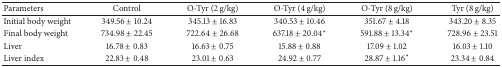
<table><thead><tr><td><b>Parameters</b></td><td><b>Control</b></td><td><b>O-Tyr (2 g/kg)</b></td><td><b>O-Tyr (4 g/kg)</b></td><td><b>O-Tyr (8 g/kg)</b></td><td><b>Tyr (8 g/kg)</b></td></tr></thead><tbody><tr><td>Initial body weight</td><td>349.56 ± 10.24</td><td>345.13 ± 16.83</td><td>340.53 ± 10.46</td><td>351.67 ± 4.18</td><td>343.20 ± 8.35</td></tr><tr><td>Final body weight</td><td>734.98 ± 22.45</td><td>722.64 ± 26.68 </td><td>637.18 ± 20.04<sup><i>∗</i></sup></td><td>591.88 ± 13.34<sup><i>∗</i></sup></td><td>728.96 ± 23.51</td></tr><tr><td>Liver</td><td>16.78 ± 0.83</td><td>16.63 ± 0.75</td><td>15.88 ± 0.88</td><td>17.09 ± 1.02</td><td>16.03 ± 1.10</td></tr><tr><td>Liver index</td><td>22.83 ± 0.48</td><td>23.01 ± 0.63</td><td>24.92 ± 0.77</td><td>28.87 ± 1.16<sup><i>∗</i></sup></td><td>23.34 ± 0.84</td></tr></tbody></table>